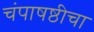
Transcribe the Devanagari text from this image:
चंपाषष्ठीचा